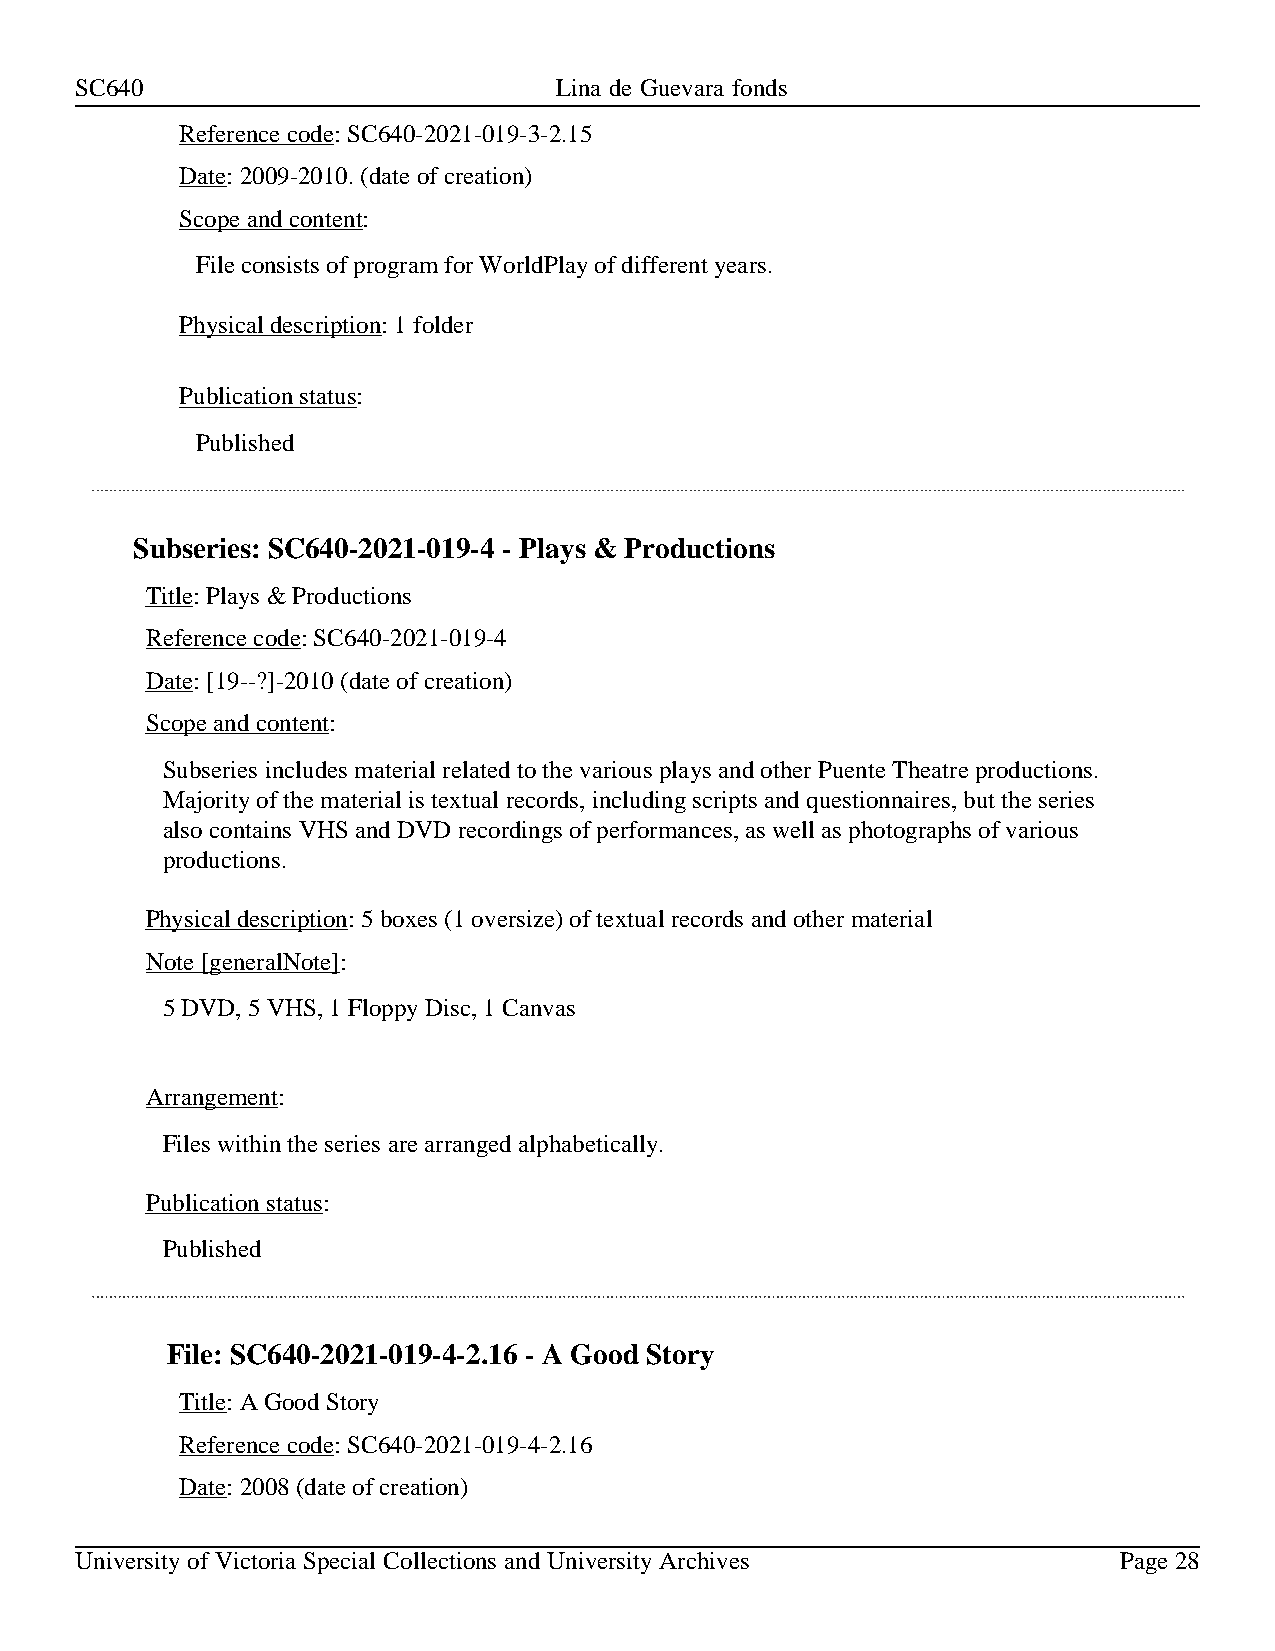
SC640                           Lina de Guevara fonds
 Reference code: SC640-2021-019-3-2.15
 Date: 2009-2010. (date of creation)
 Scope and content:
 File consists of program for WorldPlay of different years.
 Physical description: 1 folder
 Publication status:
 Published
 Subseries: SC640-2021-019-4 - Plays & Productions
 Title: Plays & Productions
 Reference code: SC640-2021-019-4
 Date: [19--?]-2010 (date of creation)
 Scope and content:
 Subseries includes material related to the various plays and other Puente Theatre productions.
 Majority of the material is textual records, including scripts and questionnaires, but the series
 also contains VHS and DVD recordings of performances, as well as photographs of various
 productions.
 Physical description: 5 boxes (1 oversize) of textual records and other material
 Note [generalNote]:
 5 DVD, 5 VHS, 1 Floppy Disc, 1 Canvas
 Arrangement:
 Files within the series are arranged alphabetically.
 Publication status:
 Published
 File: SC640-2021-019-4-2.16 - A Good Story
 Title: A Good Story
 Reference code: SC640-2021-019-4-2.16
 Date: 2008 (date of creation)
 University of Victoria Special Collections and University Archives   Page 28